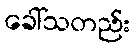
ခေါ်သတည်း